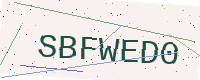
Text: SBFWED0